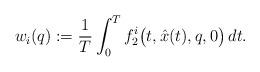
LaTeX: \begin{align*}w_i(q):=\frac{1}{T}\int_0^Tf_2^i\big(t,\hat x(t),q,0\big)\, dt .\end{align*}